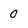
Character: 0